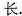
长。